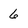
Character: 6